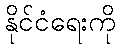
နိုင်ငံရေးကို